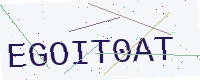
Text: EGOIT0AT